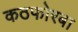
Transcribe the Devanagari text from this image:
कठफोरबा